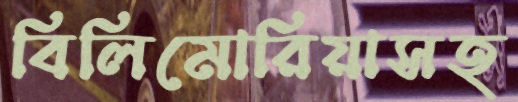
বিলিমোরিয়াসহ